system: You are a helpful assistant.
user:
Analyze the provided spectrum to determine if it is a **"Cataclysmic Variables (CV)"**.

- **Key Indicators for CV (Check for either state):**
    - **State 1: Quiescent / Low-State (Emission-Dominated)**
        - **(Primary):** Strong and *very broad* Hydrogen Balmer emission lines (e.g., $H\alpha$ at 6563 Å, $H\beta$ at 4861 Å). The 'broadness' (high velocity dispersion, often FWHM > 1000 km/s) is the key diagnostic, indicating a high-velocity accretion disk.
        - **(Secondary):** Broad neutral Helium (He I) emission lines (e.g., 5876 Å, 6678 Å).
        - **(Key Confirmation):** Presence of high-excitation *ionized* Helium (He II) emission at 4686 Å. This is a strong indicator of accretion onto a white dwarf.
        - **(Line Profile):** Emission lines may exhibit a 'double-peaked' profile, which is a classic signature of a rotating accretion disk viewed at high inclination.

    - **State 2: Outburst / High-State (Absorption-Dominated)**
        - **(Primary):** Spectrum is dominated by a bright, blue continuum (looks like a hot star).
        - **(Secondary):** The emission lines from State 1 are weak, absent, or 'filled in', and are replaced by broad, shallow *absorption* lines (primarily Balmer and He I).
        - **(Morphology):** The overall spectrum mimics a hot B/A-type star. The crucial difference is that the absorption lines are significantly broader, shallower, and more 'washed-out' (or 'smeared') than the sharp lines of a normal stellar photosphere, due to high rotational speeds and pressure broadening in the disk.

Think first, call **spectral_visualization_tool** if needed to examine features in detail, then provide your final answer. Your response must adhere to the following strict rules:
1.  **Overall Structure:** Your response must follow the format `<think>...</think> <tool_call>...</tool_call> (if a tool is used) <answer>...</answer>`.
2.  **Tool Usage Constraint:** You may only make **one** tool call per turn.
3.  **Final Answer Format:** In the `<answer>` tag, your conclusion must be inside a `\boxed{}` command (e.g., `\boxed{YES}`), followed by your justification.

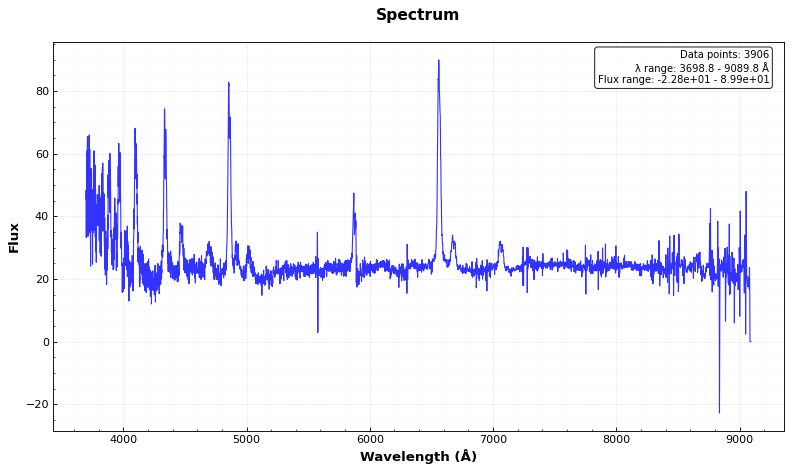
Answer: YES